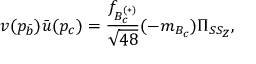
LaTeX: v ( p _ { \bar { b } } ) \bar { u } ( p _ { c } ) = \frac { f _ { B _ { c } ^ { ( * ) } } } { \sqrt { 4 8 } } ( \not { p } - m _ { B _ { c } } ) \Pi _ { S S _ { Z } } ,